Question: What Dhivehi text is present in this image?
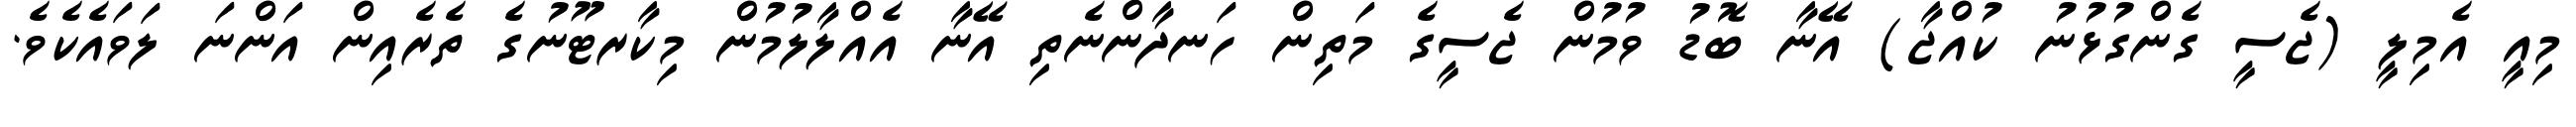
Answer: މިއީ އެމިލީ (ޖެސީ ގެންގުޅުނު ކުއްޖާ) އޭނާ ބޮޑު ވުމުން ޖެސީގެ މަތިން ހަނދާންނެތި އޭނާ އެއްލާލުމުން މިކާރޓޫނުގެ ތެރެއިން އަންނަ ލަވައެކެވެ.